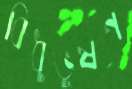
বিধুভূষণ